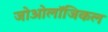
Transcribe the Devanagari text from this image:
जोओलॉजिकल